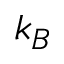
k _ { B }